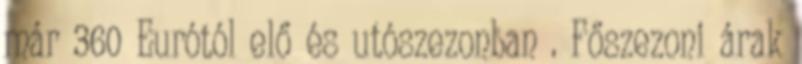
már 360 Eurótól elő és utószezonban . Főszezoni árak